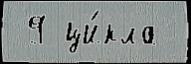
 9 ци́кла